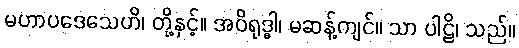
မဟာပဒေသေဟိ၊ တို့နှင့်။ အဝိရုဒ္ဓါ၊ မဆန့်ကျင်။ သာ ပါဠိ၊ သည်။